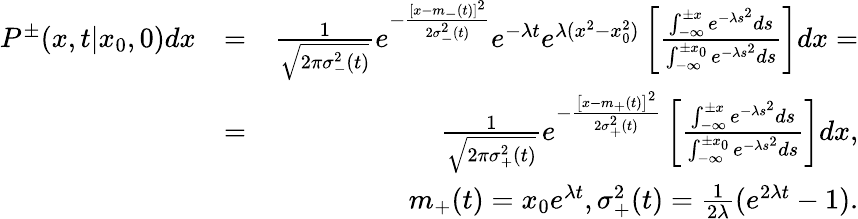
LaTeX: \begin{array}{rlr}{P^{\pm}(x,t|x_{0},0)dx}&{=}&{{\frac{1}{\sqrt{2\pi\sigma_{-}^{2}(t)}}}e^{-{\frac{[x-m_{-}(t)]^{2}}{2\sigma_{-}^{2}(t)}}}e^{-\lambda t}e^{\lambda(x^{2}-x_{0}^{2})}\left[{\frac{\int_{-\infty}^{\pm x}e^{-\lambda s^{2}}ds}{\int_{-\infty}^{\pm x_{0}}e^{-\lambda s^{2}}ds}}\right]dx=}\\ &{=}&{{\frac{1}{\sqrt{2\pi\sigma_{+}^{2}(t)}}}e^{-{\frac{\left[x-m_{+}(t)\right]^{2}}{2\sigma_{+}^{2}(t)}}}\left[{\frac{\int_{-\infty}^{\pm x}e^{-\lambda s^{2}}ds}{\int_{-\infty}^{\pm x_{0}}e^{-\lambda s^{2}}ds}}\right]dx,}\\ &{}&{m_{+}(t)=x_{0}e^{\lambda t},\sigma_{+}^{2}(t)=\frac{1}{2\lambda}(e^{2\lambda t}-1).}\end{array}